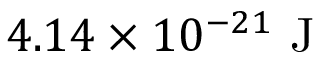
4 . 1 4 \times 1 0 ^ { - 2 1 } \mathrm { ~ J }